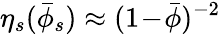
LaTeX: \eta_{s}(\bar{\phi}_{s})\approx(1\! -\! \bar{\phi})^{-2}